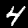
Label: 4